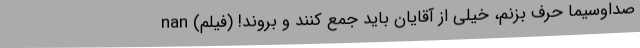
صداوسیما حرف بزنم، خیلی از آقایان باید جمع کنند و بروند! (فیلم) nan